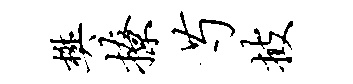
樊撩芍披